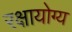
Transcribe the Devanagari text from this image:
रक्षायोग्य